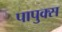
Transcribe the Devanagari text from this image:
पापुक्स